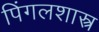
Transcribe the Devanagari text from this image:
पिंगलशास्त्र